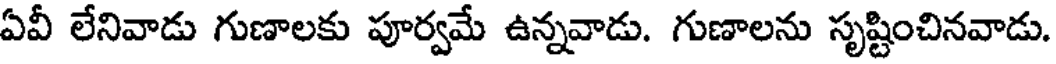
ఏవీ లేనివాడు గుణాలకు పూర్వమే ఉన్నవాడు. గుణాలను సృష్టించినవాడు.